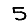
Digit: 5